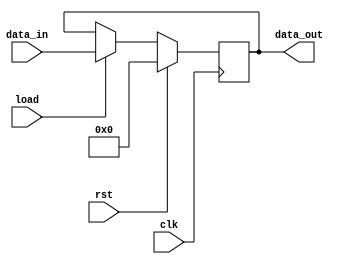
module register #(parameter  WIDTH  = 8 )
(
    input wire [WIDTH-1 : 0] data_in ,
    input wire rst ,clk ,load ,
    output reg [WIDTH-1 : 0 ]data_out
);

always @(posedge clk) begin
    
    if (rst)
    data_out<=0;
    else begin
        if (load) begin
            data_out <= data_in;
        end
    end
end
endmodule